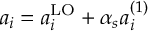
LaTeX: a _ { i } = a _ { i } ^ { \mathrm { L O } } + \alpha _ { s } a _ { i } ^ { ( 1 ) }